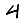
Digit: 4